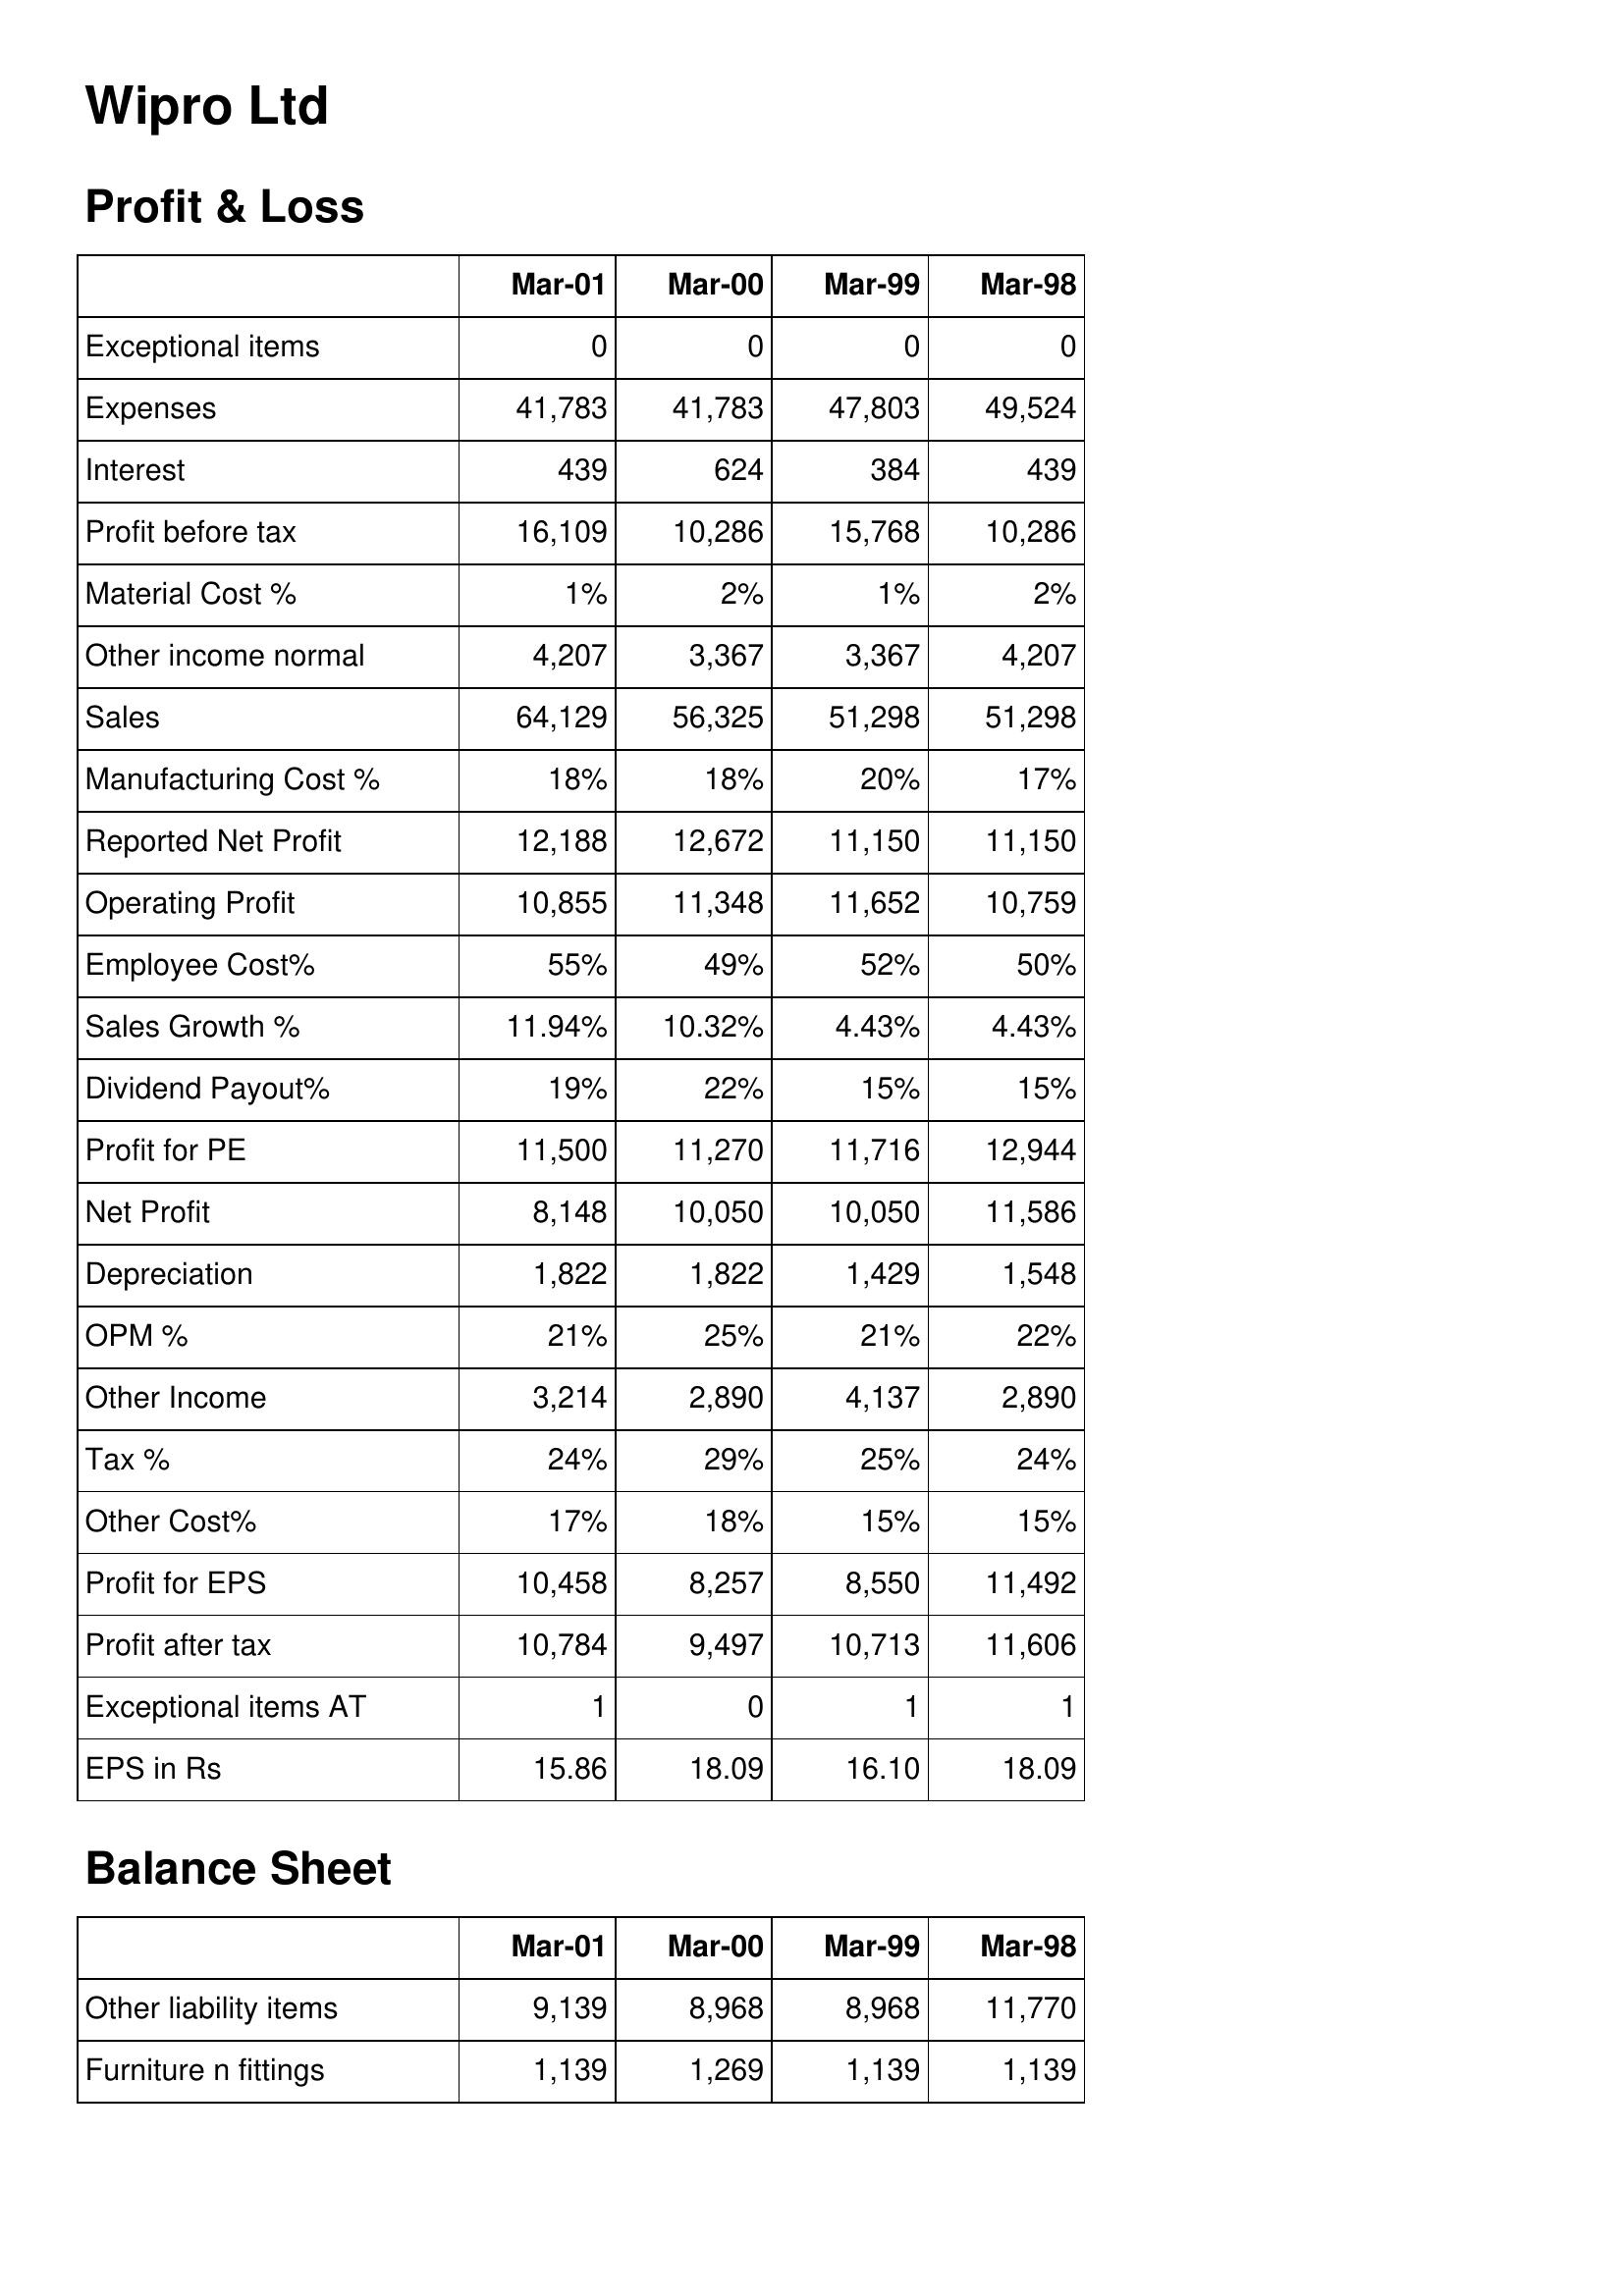
Mar-01: Profit & Loss: Exceptional items: 0
Expenses: 41,783
Interest: 439
Profit before tax: 16,109
Material Cost %: 1%
Other income normal: 4,207
Sales: 64,129
Manufacturing Cost %: 18%
Reported Net Profit: 12,188
Operating Profit: 10,855
Employee Cost%: 55%
Sales Growth %: 11.94%
Dividend Payout%: 19%
Profit for PE: 11,500
Net Profit: 8,148
Depreciation: 1,822
OPM %: 21%
Other Income: 3,214
Tax %: 24%
Other Cost%: 17%
Profit for EPS: 10,458
Profit after tax: 10,784
Exceptional items AT: 1
EPS in Rs: 15.86
Balance Sheet: Other liability items: 9,139
Furniture n fittings: 1,139
Mar-00: Profit & Loss: Exceptional items: 0
Expenses: 41,783
Interest: 624
Profit before tax: 10,286
Material Cost %: 2%
Other income normal: 3,367
Sales: 56,325
Manufacturing Cost %: 18%
Reported Net Profit: 12,672
Operating Profit: 11,348
Employee Cost%: 49%
Sales Growth %: 10.32%
Dividend Payout%: 22%
Profit for PE: 11,270
Net Profit: 10,050
Depreciation: 1,822
OPM %: 25%
Other Income: 2,890
Tax %: 29%
Other Cost%: 18%
Profit for EPS: 8,257
Profit after tax: 9,497
Exceptional items AT: 0
EPS in Rs: 18.09
Balance Sheet: Other liability items: 8,968
Furniture n fittings: 1,269
Mar-99: Profit & Loss: Exceptional items: 0
Expenses: 47,803
Interest: 384
Profit before tax: 15,768
Material Cost %: 1%
Other income normal: 3,367
Sales: 51,298
Manufacturing Cost %: 20%
Reported Net Profit: 11,150
Operating Profit: 11,652
Employee Cost%: 52%
Sales Growth %: 4.43%
Dividend Payout%: 15%
Profit for PE: 11,716
Net Profit: 10,050
Depreciation: 1,429
OPM %: 21%
Other Income: 4,137
Tax %: 25%
Other Cost%: 15%
Profit for EPS: 8,550
Profit after tax: 10,713
Exceptional items AT: 1
EPS in Rs: 16.10
Balance Sheet: Other liability items: 8,968
Furniture n fittings: 1,139
Mar-98: Profit & Loss: Exceptional items: 0
Expenses: 49,524
Interest: 439
Profit before tax: 10,286
Material Cost %: 2%
Other income normal: 4,207
Sales: 51,298
Manufacturing Cost %: 17%
Reported Net Profit: 11,150
Operating Profit: 10,759
Employee Cost%: 50%
Sales Growth %: 4.43%
Dividend Payout%: 15%
Profit for PE: 12,944
Net Profit: 11,586
Depreciation: 1,548
OPM %: 22%
Other Income: 2,890
Tax %: 24%
Other Cost%: 15%
Profit for EPS: 11,492
Profit after tax: 11,606
Exceptional items AT: 1
EPS in Rs: 18.09
Balance Sheet: Other liability items: 11,770
Furniture n fittings: 1,139